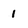
Character: 1